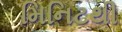
મિનિટથી